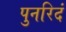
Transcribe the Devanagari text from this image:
पुनरिदं